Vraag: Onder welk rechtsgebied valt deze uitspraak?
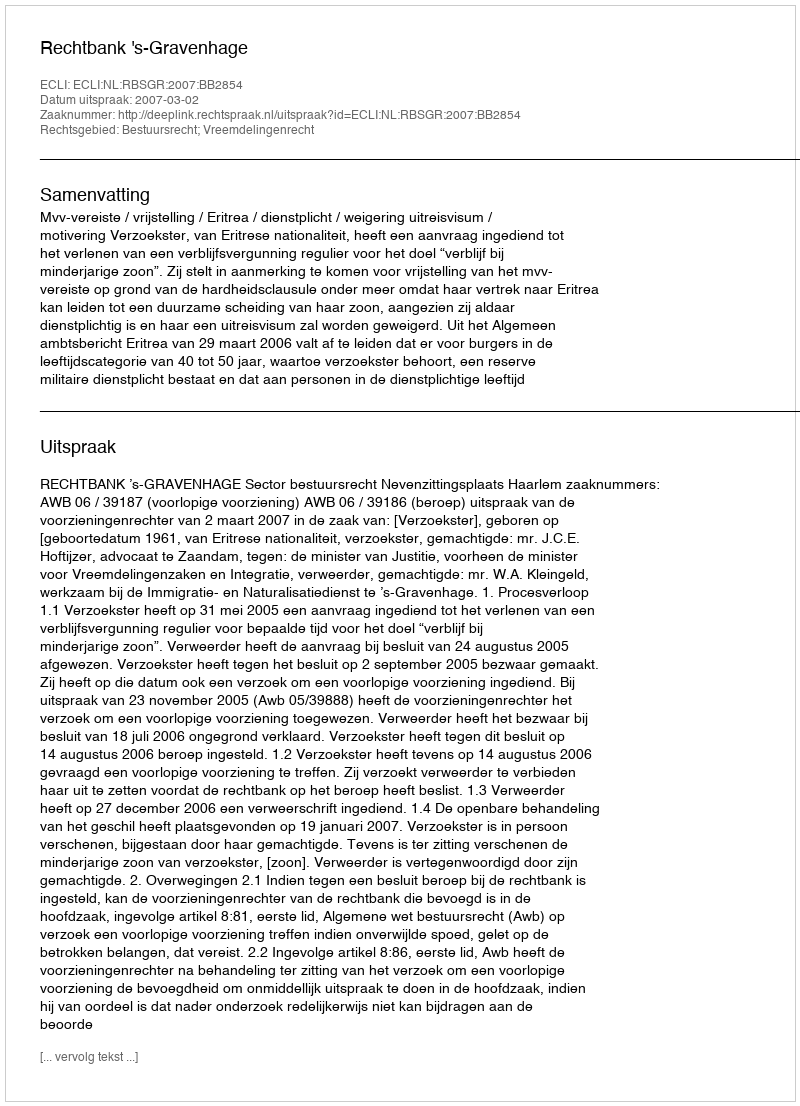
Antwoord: Bestuursrecht; Vreemdelingenrecht